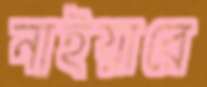
নাইয়ারে